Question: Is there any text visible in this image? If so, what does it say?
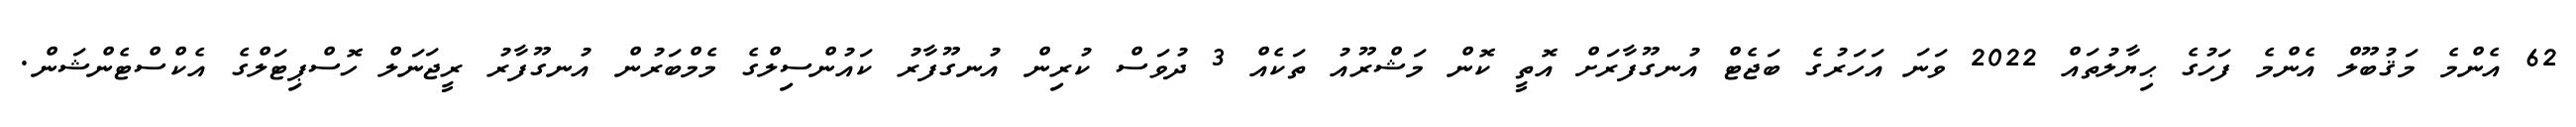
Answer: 62 އެންމެ މަޤުބޫލް އެންމެ ފަހުގެ ޙިޔާލުތައް 2022 ވަނަ އަހަރުގެ ބަޖެޓް އުނގޫފާރަށް އޮތީ ކޮން މަޝްރޫއު ތަކެއް 3 ދުވަސް ކުރިން އުނގޫފާރު ކައުންސިލްގެ މެމްބަރުން އުނގޫފާރު ރީޖަނަލް ހޮސްޕިޓަލްގެ އެކްސްޓެންޝަން.